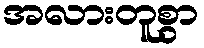
အလားတူစွာ